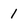
Character: 1